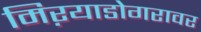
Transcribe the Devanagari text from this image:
मिऱयाडोगरावर